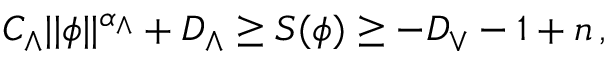
\begin{array} { r } { C _ { \wedge } \vert \vert \phi \vert \vert ^ { \alpha _ { \wedge } } + D _ { \wedge } \geq S ( \phi ) \geq - D _ { \vee } - 1 + n \, , } \end{array}